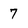
Character: 7